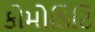
કોમોડિટિ